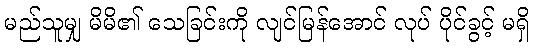
မည်သူမျှ မိမိ၏ သေခြင်းကို လျင်မြန်အောင် လုပ် ပိုင်ခွင့် မရှိ